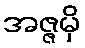
အဇ္ဇမှိ